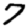
Digit: 7